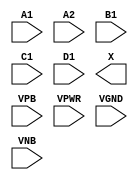
module sky130_fd_sc_hd__a2111o (
    //# {{data|Data Signals}}
    input  A1  ,
    input  A2  ,
    input  B1  ,
    input  C1  ,
    input  D1  ,
    output X   ,

    //# {{power|Power}}
    input  VPB ,
    input  VPWR,
    input  VGND,
    input  VNB
);
endmodule